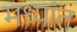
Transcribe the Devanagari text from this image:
मध्यांत